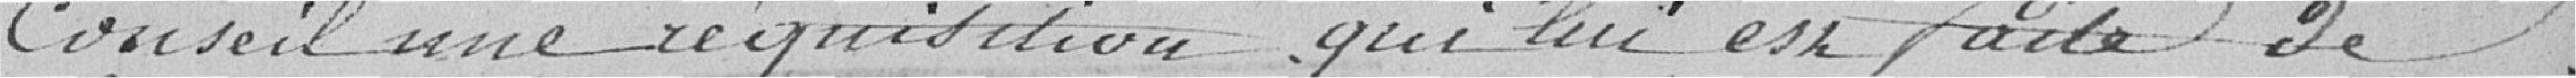
Conseil une réquisition qui lui est faite de